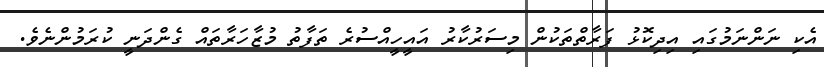
އެކި ނަންނަމުގައި އިދިކޮޅު ފަރާތްތަކުން މިސަރުކާރު އައީހީއްސުރެ ތަފާތު މުޒާހަރާތައް ގެންދަނީ ކުރަމުންނެވެ.